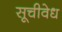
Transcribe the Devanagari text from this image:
सूचीवेध